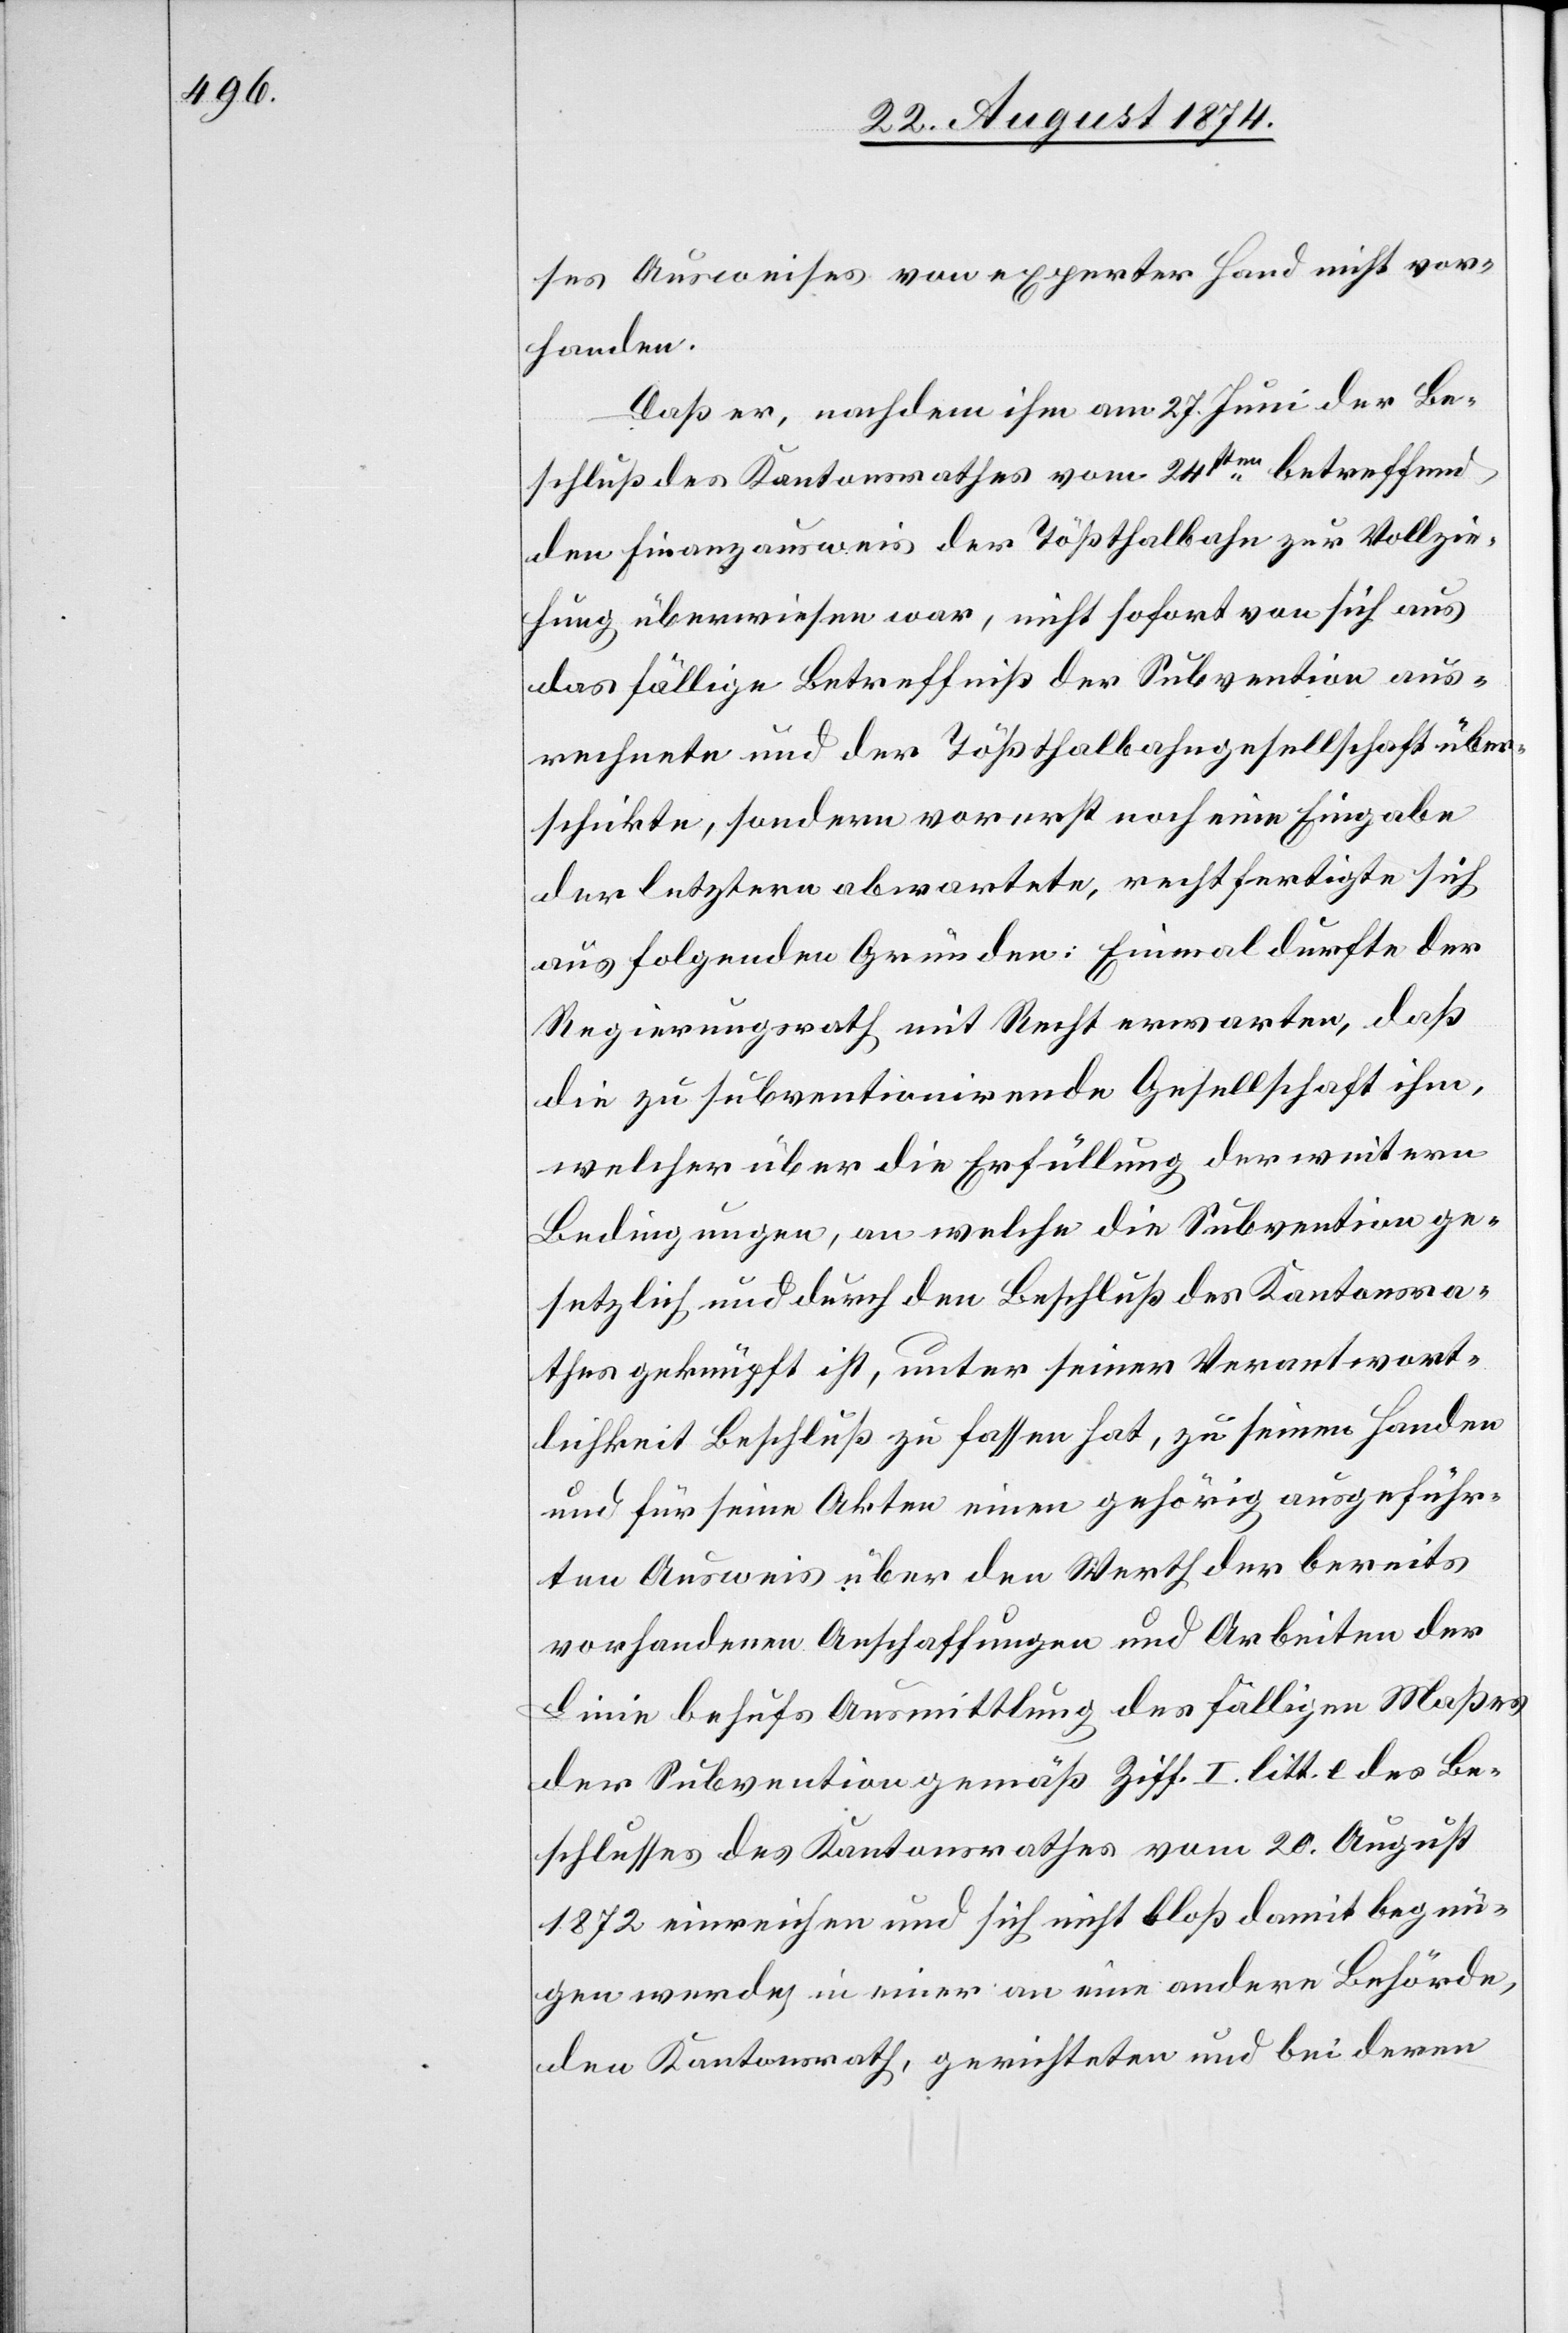
ses Ausweises von experter Hand nicht vor¬
handen.
Daß er, nachdem ihm am 27. Juni der Be¬
schluß des Kantonsrathes vom 24ten betreffend
den Finanzausweis der Tößthalbahn zur Vollzie¬
hung überwiesen war, nicht sofort von sich aus
das fällige Betreffniß der Subvention aus¬
rechnete und der Tößthalbahngesellschaft über¬
schickte, sondern vorerst noch eine Eingabe
der letztern abwartete, rechtfertigte sich
aus folgenden Gründen: Einmal durfte der
Regierungsrath mit Recht erwarten, daß
die zu subventionirende Gesellschaft ihm,
welcher über die Erfüllung der weitern
Bedingungen, an welche die Subvention ge¬
setzlich und durch den Beschluß des Kantonsra¬
thes geknüpft ist, unter seiner Verantwort¬
lichkeit Beschluß zu fassen hat, zu seinen Handen
und für seine Akten einen gehörig ausgeführ¬
ten Ausweis über den Werth der bereits
vorhandenen Anschaffungen und Arbeiten der
Linie behufs Ausmittlung des fälligen Maßes
der Subvention gemäß Ziff. I. lit. e. des Be¬
schlusses des Kantonsrathes vom 20. August
1872 einreichen und sich nicht bloß damit begnü¬
gen werde, in einer an eine andere Behörde,
den Kantonsrath, gerichteten und bei deren